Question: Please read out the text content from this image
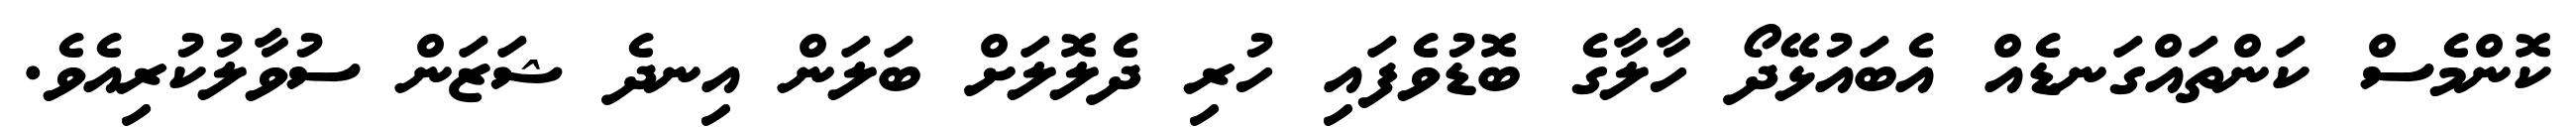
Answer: ކޮންމެސް ކަންތައްގަނޑެއް އެބައުޅޭދޯ ހާލާގެ ބޮޑުވެފައި ހުރި ދެލޮލަށް ބަލަން އިނދެ ޝަޒަން ސުވާލުކުރިއެވެ.